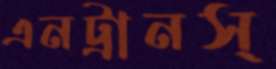
এনট্রানস্